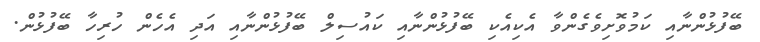
ބޭފުޅުންނާއި ކަމުވޮށިވެގެންވާ އެކިއެކި ބޭފުޅުންނާއި ކައުސިލް ބޭފުޅުންނާއި އަދި އެހެން ހުރިހާ ބޭފުޅުން.